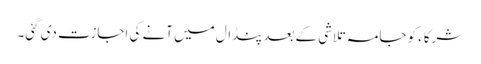
شرکاء کو جامہ تلاشی کے بعدپنڈال میں آنے کی اجازت دی گئی۔